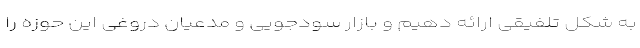
به شکل تلفیقی ارائه دهیم و بازار سودجویی و مدعیان دروغی این حوزه را